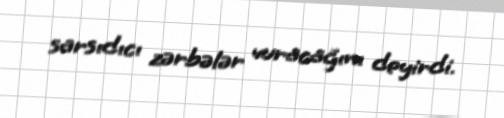
sarsıdıcı zərbələr vuracağını deyirdi.